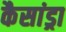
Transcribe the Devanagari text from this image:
कैसांड्रा